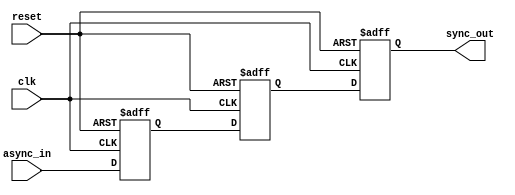
module meta_stability_filter #(
    parameter WIDTH = 1 // Width of the input signal, can be modified as needed
)(
    input  wire              clk,           // Clock signal
    input  wire              reset,         // Asynchronous reset signal
    input  wire [WIDTH-1:0] async_in,      // Asynchronous input signal
    output reg  [WIDTH-1:0] sync_out       // Synchronized output signal
);

    // Stage 1: First flip-flop
    reg [WIDTH-1:0] stage1_ff;

    // Stage 2: Second flip-flop
    reg [WIDTH-1:0] stage2_ff;

    // Asynchronous reset and clocking behavior
    always @(posedge clk or posedge reset) begin
        if (reset) begin
            // When reset is high, initialize to zero
            stage1_ff <= {WIDTH{1'b0}};
            stage2_ff <= {WIDTH{1'b0}};
            sync_out   <= {WIDTH{1'b0}};
        end else begin
            // Sampling the asynchronous signal
            stage1_ff <= async_in;        // First stage sampling
            stage2_ff <= stage1_ff;       // Second stage sampling
            sync_out   <= stage2_ff;      // Output the synchronized signal
        end
    end

endmodule